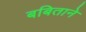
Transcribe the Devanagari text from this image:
बबिताने